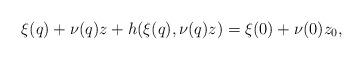
LaTeX: \begin{gather*}\xi(q)+\nu(q)z+h(\xi(q),\nu(q)z)=\xi(0)+\nu(0)z_{0},\end{gather*}